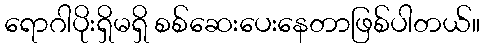
ရောဂါပိုးရှိမရှိ စစ်ဆေးပေးနေတာဖြစ်ပါတယ်။